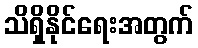
သိရှိနိုင်ရေးအတွက်